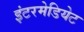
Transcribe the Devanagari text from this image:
इंटरमेडियेट